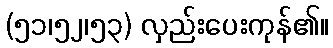
(၅၁၊၅၂၊၅၃) လှည်းပေးကုန်၏။